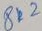
Text: 8k2